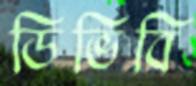
ডিভিবি